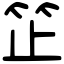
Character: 䇛